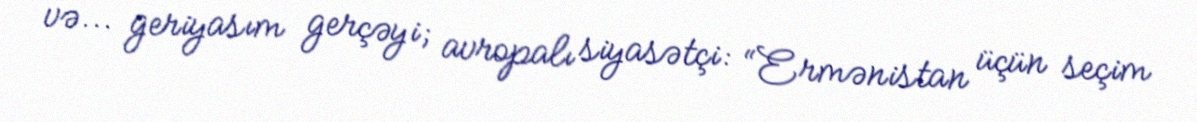
və... geriyasım gerçəyi; avropalı siyasətçi: “Ermənistan üçün seçim